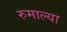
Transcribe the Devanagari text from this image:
रुमाल्या